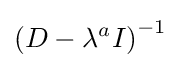
\left(D-\lambda ^{a}I\right)^{-1}